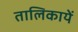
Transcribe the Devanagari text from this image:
तालिकायें